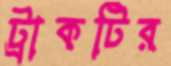
ট্রাকটির